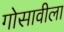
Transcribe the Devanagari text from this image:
गोसावीला